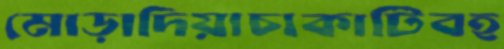
মোড়াদিয়াচাকাটিবহ